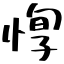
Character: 惸